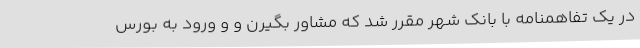
در یک تفاهمنامه با بانک شهر مقرر شد که مشاور بگیرن و و ورود به بورس